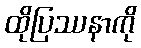
ထိုပြဿနာကို